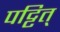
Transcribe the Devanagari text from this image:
पट्टित्